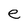
Character: e